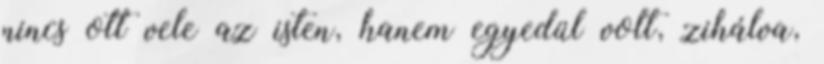
nincs ott vele az isten, hanem egyedül volt, zihálva,